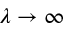
\lambda \to \infty